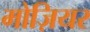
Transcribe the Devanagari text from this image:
मोज़ियर